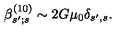
\beta _ { s ^ { \prime } ; s } ^ { ( 1 0 ) } \sim 2 G \mu _ { 0 } \delta _ { s ^ { \prime } , s } .